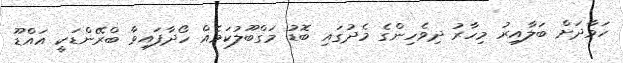
ހަވާދަށް ބަލާއިރު މިހާރު ދިވެހިންގެ މެދުގައި ބޮޑު މަގްބޫލުކަމެއް ހޯދާފައިވާ ބްރޭންޑަކީ އައްޑޫ